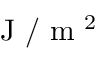
\textup { J } / \textup { m } ^ { 2 }